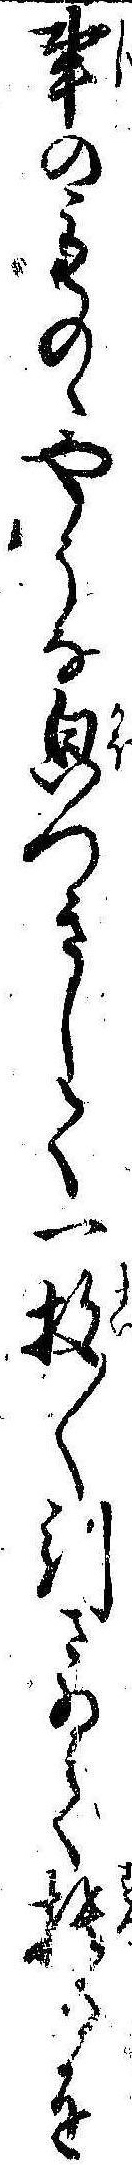
事のものゝやうな㒵つきして一枚〱引さゐて捨るを